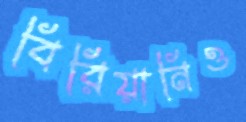
বিরিয়ানিও